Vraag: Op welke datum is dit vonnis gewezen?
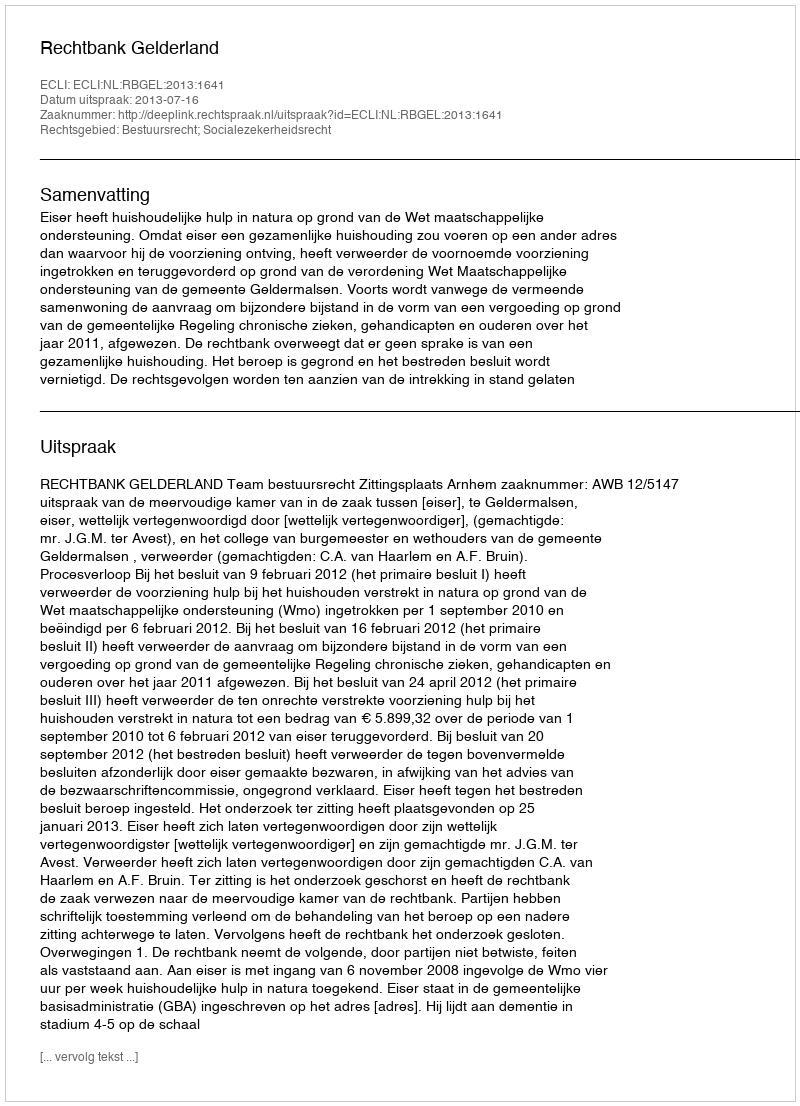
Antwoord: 2013-07-16